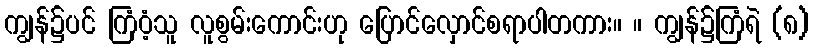
ကျွန်၌ပင် ကြံဝံ့သူ လူစွမ်းကောင်းဟု ပြောင်လှောင်စရာပါတကား။ ။ ကျွန်၌ကြံရဲ (၈)